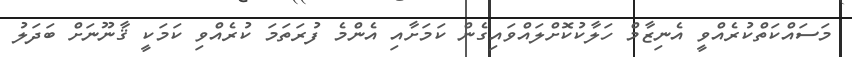
މަސައްކަތްކުރެއްވީ އެނިޒާމް ހަލާކުކޮށްލައްވައިގެން ކަމަށާއި އެންމެ ފުރަތަމަ ކުރެއްވި ކަމަކީ ޤާނޫނަށް ބަދަލު